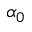
\alpha _ { 0 }